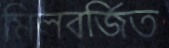
মিলবর্জিত